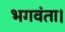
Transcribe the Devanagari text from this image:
भगवंता।